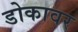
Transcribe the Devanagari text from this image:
डोकावर